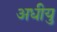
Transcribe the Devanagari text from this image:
अधीयु